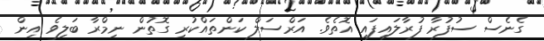
ގެނެސް ސުފުރާ ފުރާލައިފައި އޮތެވެ. އަރްސަލް ކަންތައްކުރި ގޮތުން ނިމްރާ ބަލިވެ އިން